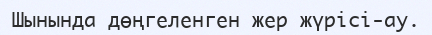
Шынында дөңгеленген жер жүрісі-ау.